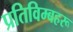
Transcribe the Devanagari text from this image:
प्रतिविम्‍बहरू